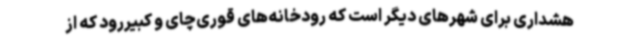
هشداری برای شهرهای دیگر است که رودخانه‌های قوری‌چای و کبیررود که از